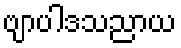
ဗျာပါဒသညာယ